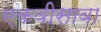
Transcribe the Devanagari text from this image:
एकवीसावा